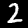
Label: 2